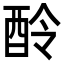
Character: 𨠎